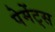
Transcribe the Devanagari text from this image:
पेमेंट्‌स